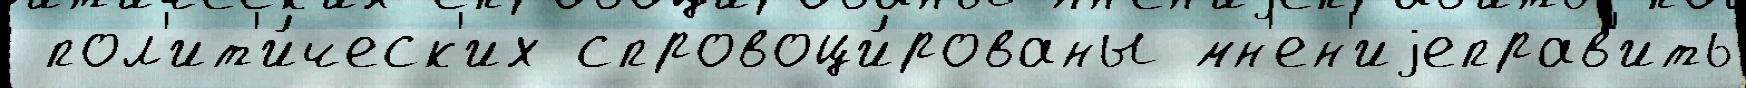
 пол'ит'и́ческ'их спровоци́рованы мн'ен'иjеправ'ить